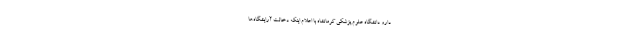
دارو دانشگاه علوم پزشکی کرمانشاه با اعلام اینکه دخالت آرایشگاه‌ها